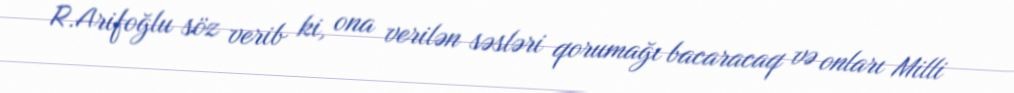
R.Arifoğlu söz verib ki, ona verilən səsləri qorumağı bacaracaq və onları Milli